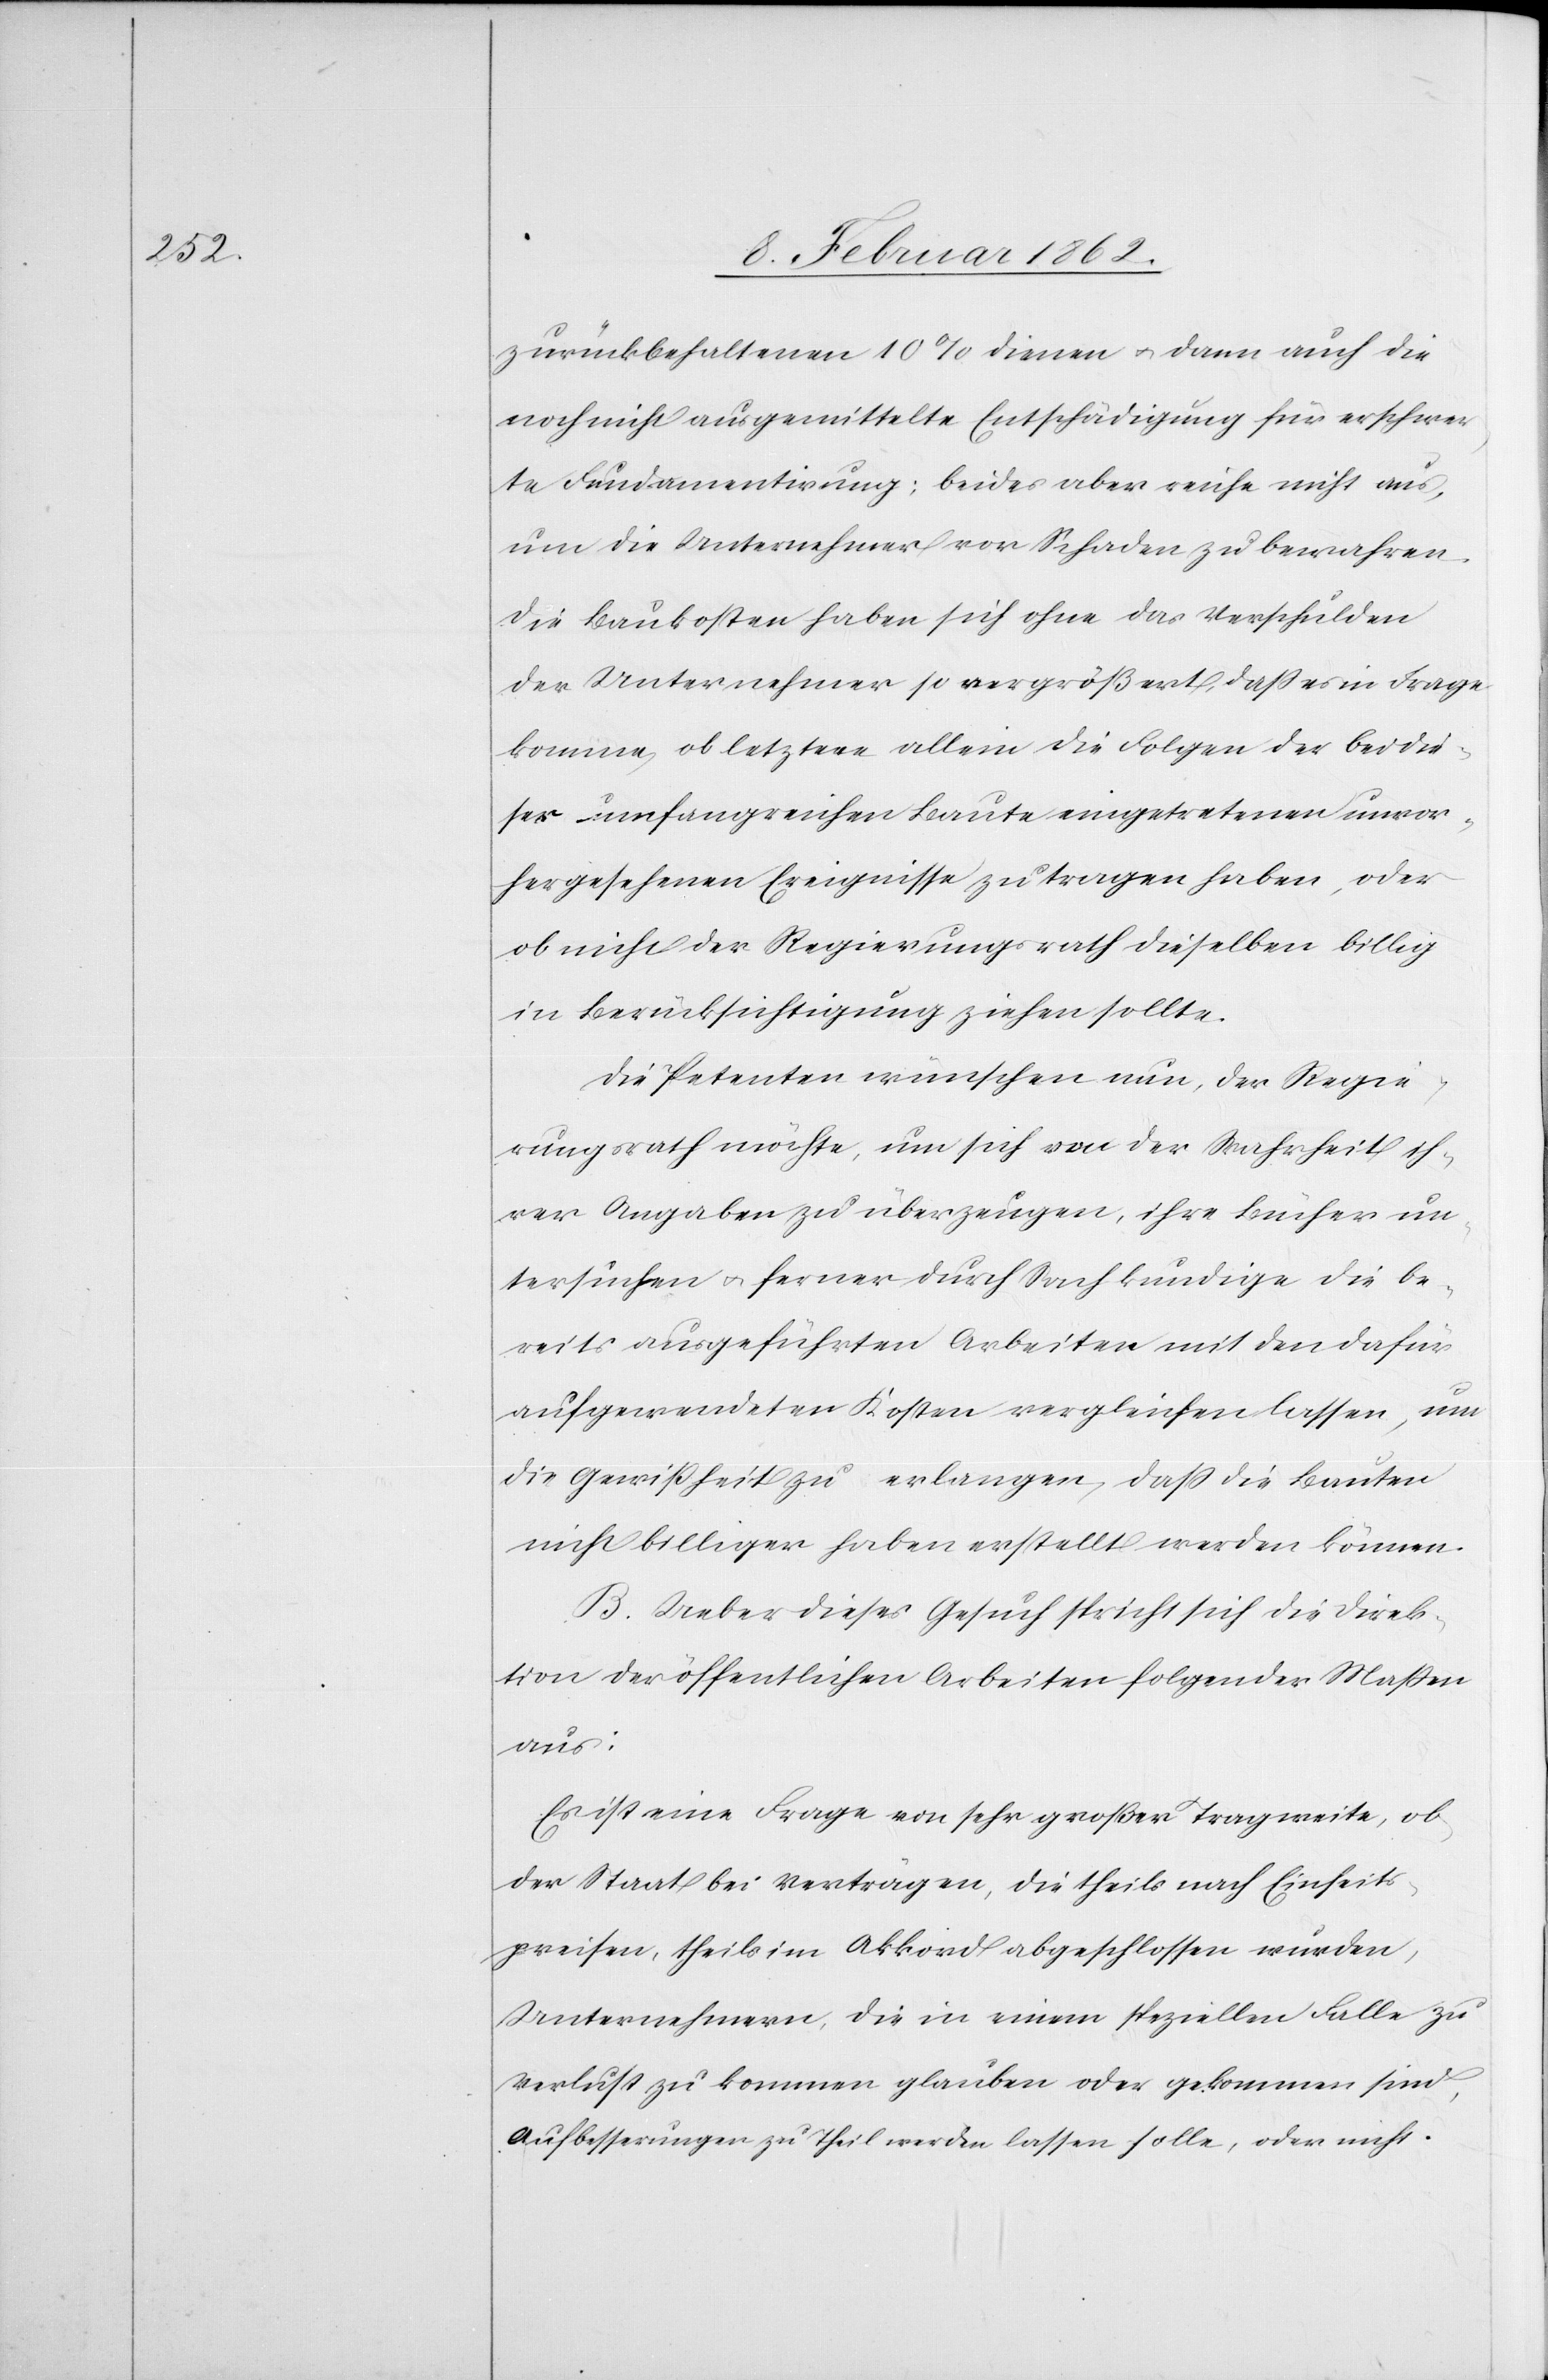
zurückbehaltenen 10% dienen u. dann auch die
noch nicht ausgemittelte Entschädigung für erschwer¬
te Fundamentirung; beides aber reiche nicht aus,
um die Unternehmer vor Schaden zu bewahren.
Die Baukosten haben sich ohne das Verschulden
der Unternehmer so vergrößert, daß es in Frage
komme, ob letztere allein die Folgen der bei die¬
ser umfangreichen Baute eingetretenen unvor¬
hergesehenen Ereignisse zu tragen haben, oder
ob nicht der Regierungsrath dieselben billig
in Berücksichtigung ziehen sollte.
Die Petenten wünschen nun, der Regie¬
rungsrath möchte, um sich von der Wahrheit ih¬
rer Angaben zu überzeugen, ihre Bücher un¬
tersuchen u. ferner durch Sachkundige die be¬
reits ausgeführten Arbeiten mit den dafür
aufgewendeten Kosten vergleichen lassen, um
die Gewißheit zu erlangen, daß die Bauten
nicht billiger haben erstellt werden können.
B. Ueber dieses Gesuch spricht sich die Direk¬
tion der öffentlichen Arbeiten folgender Maßen
aus:
Es ist eine Frage von sehr großer Tragweite, ob
der Staat bei Verträgen, die theils nach Einheits¬
preisen, theils im Akkord abgeschlossen wurden,
Unternehmern, die in einem speziellen Falle zu
Verlust zu kommen glauben oder gekommen sind,
Aufbesserungen zu Theil werden lassen solle, oder nicht.